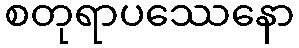
စတုရာပဿေနော